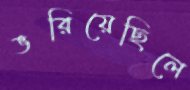
ভরিয়েছিলে